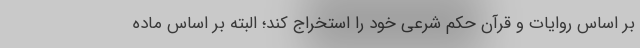
بر اساس روایات و قرآن حکم شرعی خود را استخراج کند؛ البته بر اساس ماده